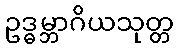
ဥဒ္ဓမ္ဘာဂိယသုတ္တ